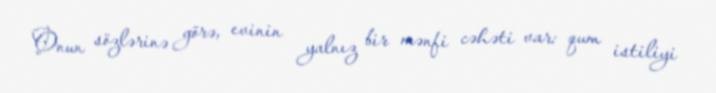
Onun sözlərinə görə, evinin yalnız bir mənfi cəhəti var: qum istiliyi